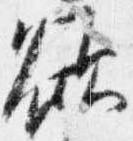
欲